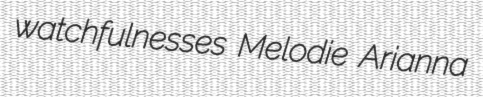
watchfulnesses Melodie Arianna